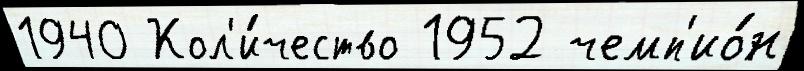
1940 Кол'и́чество 1952 чемп'ио́н